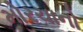
મોરચાનો